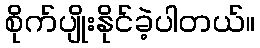
စိုက်ပျိုးနိုင်ခဲ့ပါတယ်။